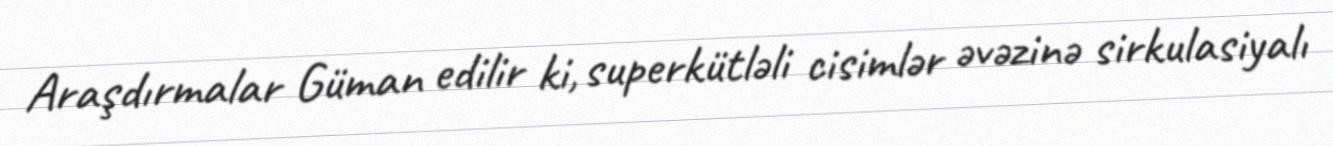
Araşdırmalar Güman edilir ki, superkütləli cisimlər əvəzinə sirkulasiyalı